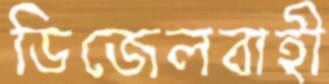
ডিজেলবাহী